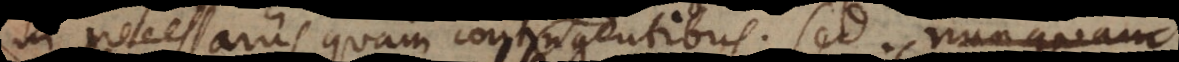
in necessariis quam contingentibus. Sed nunquam